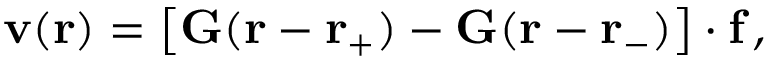
\begin{array} { r } { \mathbf { v } ( \mathbf { r } ) = \left[ \mathbf { G } ( \mathbf { r } - \mathbf { r } _ { + } ) - \mathbf { G } ( \mathbf { r } - \mathbf { r } _ { - } ) \right] \cdot \mathbf { f } \, , } \end{array}